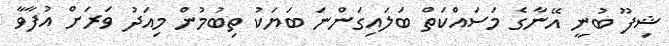
ޝިފޫ ބުނީ އޭނާގެ މަަސައްކަތް ބަލައިގަންނަ ބަޔަކު ތިބުމުން މިއަދު ވަރަށް އުފާވާ